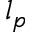
l _ { p }